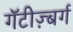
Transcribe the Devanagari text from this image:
गॅटीज़्बर्ग